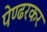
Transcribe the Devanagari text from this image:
पेण्ढरकर